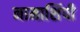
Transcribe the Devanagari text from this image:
नामाशिंपी